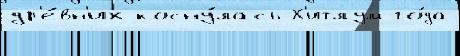
др'е́вн'их косну́лась Х'итлум го́да